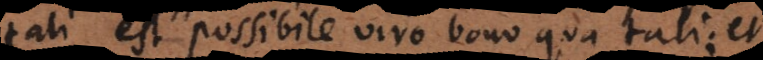
bono est possibile viro bono qua tali; hoc